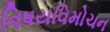
વિષયવિમોચન